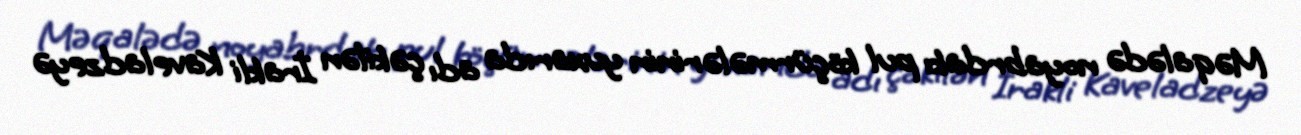
Məqalədə noyabrdakı pul köçürmələrinin yuxarıda adı çəkilən İrakli Kaveladzeyə